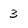
Character: 3